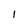
Character: l